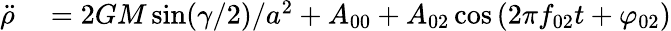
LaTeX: \begin{array}{rl}{\ddot{\rho}}&{{}=2GM\sin(\gamma/2)/a^{2}+A_{00}+A_{02}\cos\left(2\pi f_{02}t+\varphi_{02}\right)}\end{array}